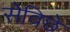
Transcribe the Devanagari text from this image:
सेविछे